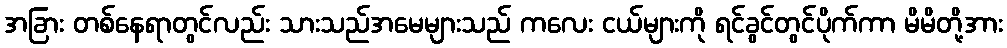
အခြား တစ်နေရာတွင်လည်း သားသည်အမေများသည် ကလေး ငယ်များကို ရင်ခွင်တွင်ပိုက်ကာ မိမိတို့အား